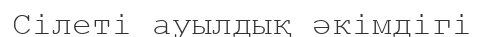
Сілеті ауылдық әкімдігі